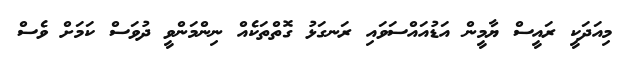
މިއަދަކީ ރައީސް ޔާމީން އަޑުއައްސަވައި ރަނގަޅު ގޮތްތަކެއް ނިންމަންވީ ދުވަސް ކަމަށް ވެސް